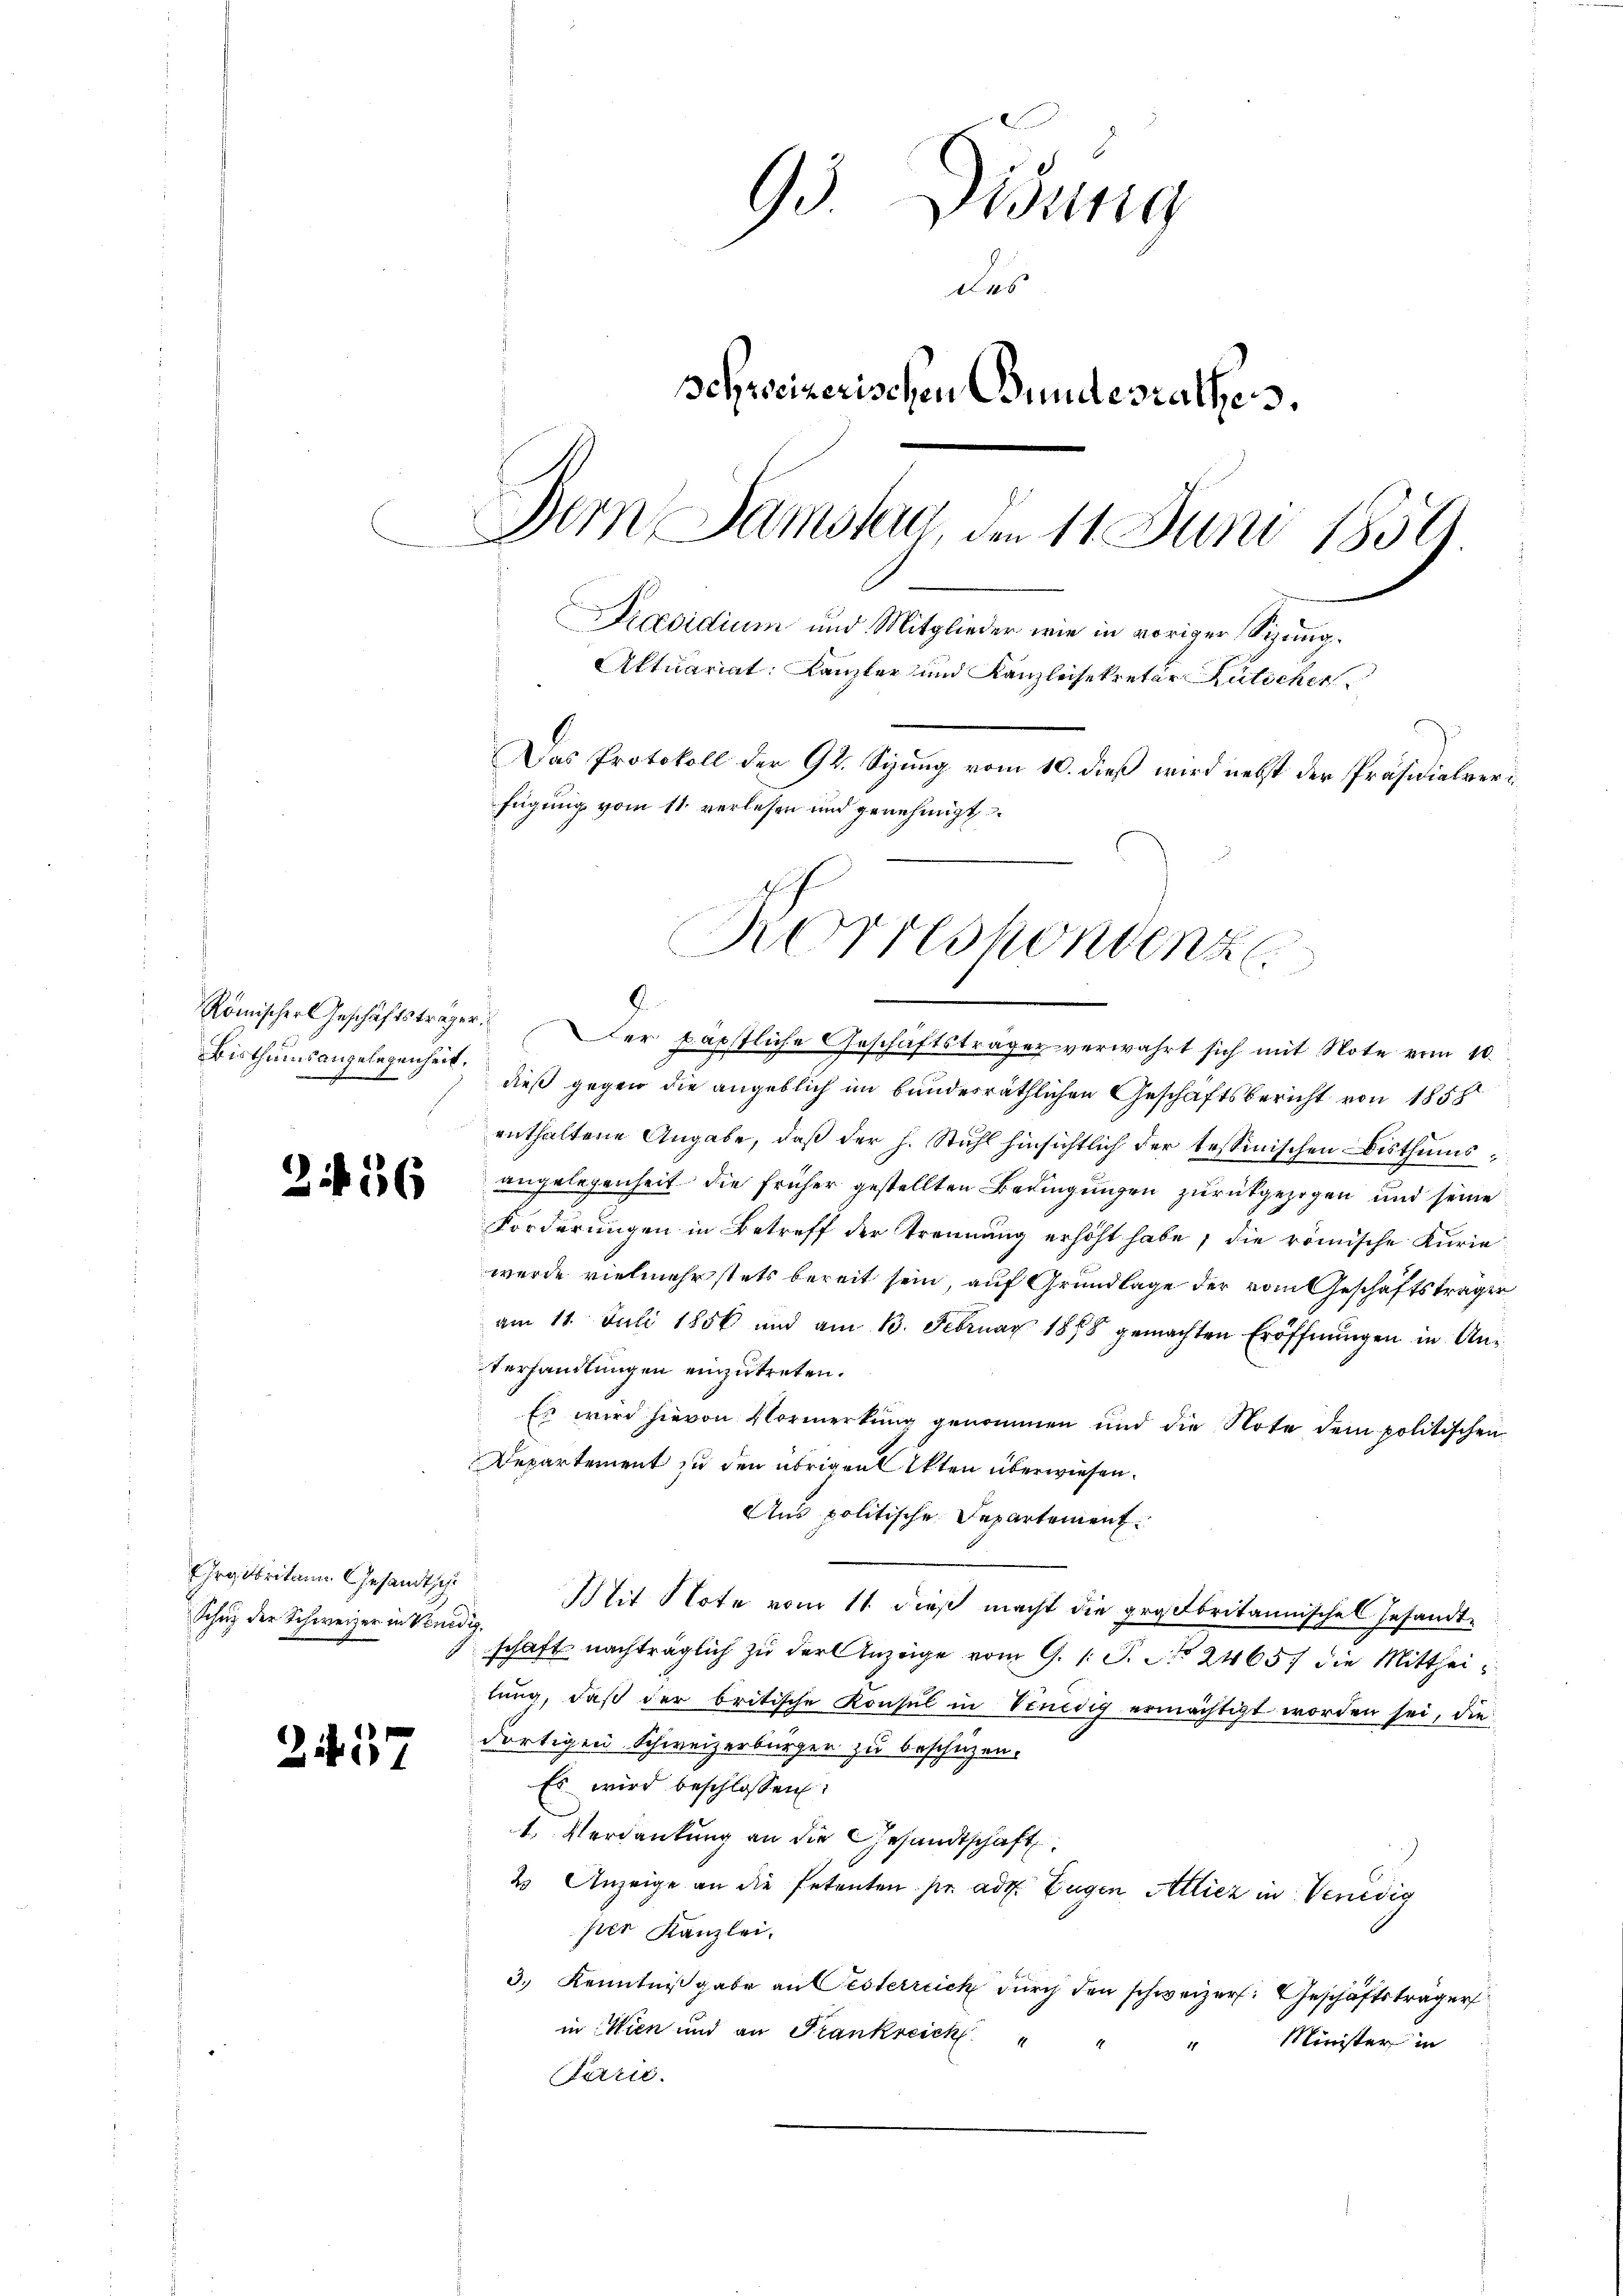
Bisthumsangelegenheit.

3

56

Großbritane Gesandtsche
Schutz der Schweizer in Venedig¬

2437

95 Didung
Das
schweizerischen Bundesrathes.
Dem Samstag, den 11. Juni 1859.
Praesidium und Mitglieder wie in voriger Sizung.
Aktuariat Kanzler und Kanzleisekretär Lütschie
Das Protokoll der 94. Sizung vom 10. dieß wird nebst der Präsidialverfügung vom 11. verlesen und genehmigt

Römischer Geschäftsträger. Der päpstliche Geschäftsträge verwahrt sich mit Note vom 10.
dieß gegen die angeblich im bundesräthlichen Geschäftsbericht von 1858
enthaltene Angabe, daß der h. Stuhl hinsichtlich der tessinischen Bisthumsangelegenheit die früher gestellten Bedingungen zurückgezogen und seine
Forderungen in Betreff der Trennung erhöht habe, die römische Kurie
wurde vielmehr stets bereit sein, auf Grundlage der vom Geschäftsträger
am 11. Juli 1856 und am 13. Februar 1878 gemachten Eröffnŭngen in An¬
Verhandlungen einzutreten.
Es wird hievon Vormerkung genommen und die Note dem politischen
Departement zu den übrigen Akten überwiesen.
Aus politische Departement.
Mit Note vom 11. dieß macht die großbritannischel Gesandt-
schaft nachträglich zu der Anzeige vom 9. 1. P. Nr. 24657 die Mittheilung, daß der britische Konsul in Venedig ermächtigt worden sei, die
dortigen Schweizerbürger zu beschüzen.
Es wird beschlossen:
1. Verdankung an die Gesandtschaft
2 Anzeige an die Petenten pr. ade. Zugen Atliez in Venedig
per Kanzlei.
3.) Kenntnißgabe an Oesterreich durch den schweizer. Geschäftsträger
in Wien und an Frankreich"
" Minister in
Parrie

Korrespondenze
8.